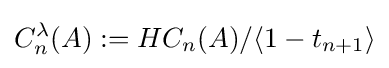
C_{n}^{\lambda }(A):=HC_{n}(A)/\langle 1-t_{n+1}\rangle